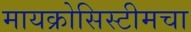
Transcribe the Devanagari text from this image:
मायक्रोसिस्टीमचा